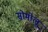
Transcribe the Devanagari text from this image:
सोमोलू